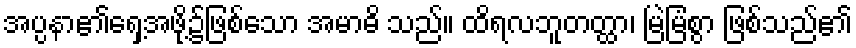
အပ္ပနာ၏ရှေ့အဖို့၌ဖြစ်သော အမာဓိ သည်။ ထိရလဘူတတ္ထာ၊ မြဲမြံစွာ ဖြစ်သည်၏